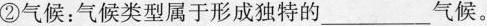
②气候；气候类型属于形成独特的___气候。